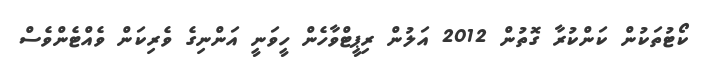
ކޯޓުތަކުން ކަންކުރާ ގޮތުން 2012 އަލުން ރިޕީޓްވާހެން ހީވަނީ އަންނިގެ ވެރިކަން ވެއްޓެންވެސް